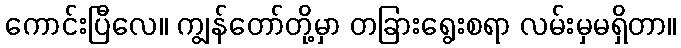
ကောင်းပြီလေ။ ကျွန်တော်တို့မှာ တခြားရွေးစရာ လမ်းမှမရှိတာ။